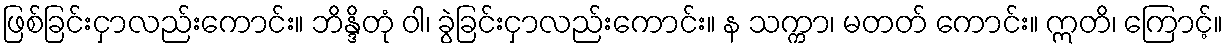
ဖြစ်ခြင်းငှာလည်းကောင်း။ ဘိန္ဒိတုံ ဝါ၊ ခွဲခြင်းငှာလည်းကောင်း။ န သက္ကာ၊ မတတ် ကောင်း။ ဣတိ၊ ကြောင့်။